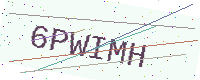
Text: 6PWIMH